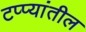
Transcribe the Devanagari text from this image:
टप्प्यांतील